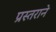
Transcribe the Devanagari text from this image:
प्रस्तराने